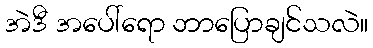
အဲဒီ အပေါ်ရော ဘာပြောချင်သလဲ။